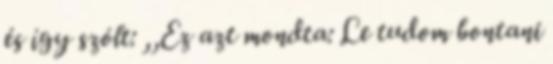
és így szólt: ,,Ez azt mondta: Le tudom bontani